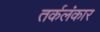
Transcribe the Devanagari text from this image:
तर्कलंकार